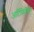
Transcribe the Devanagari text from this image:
आर्टिफ़िशियल